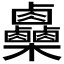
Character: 𣡼